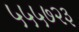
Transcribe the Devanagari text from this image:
५५५७२३